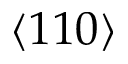
\langle 1 1 0 \rangle